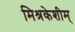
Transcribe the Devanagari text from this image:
मिश्रकेशीम्